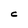
Character: C